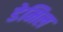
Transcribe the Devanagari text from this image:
डेमिल